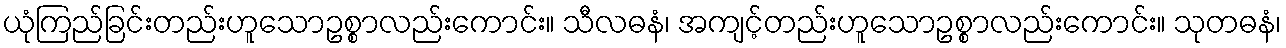
ယုံကြည်ခြင်းတည်းဟူသောဥစ္စာလည်းကောင်း။ သီလဓနံ၊ အကျင့်တည်းဟူသောဥစ္စာလည်းကောင်း။ သုတဓနံ၊